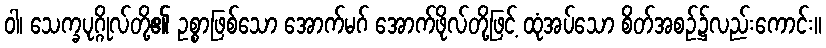
ဝါ၊ သေက္ခပုဂ္ဂိုလ်တို့၏ ဥစ္စာဖြစ်သော အောက်မဂ် အောက်ဖိုလ်တို့ဖြင့် ထုံအပ်သော စိတ်အစဉ်၌လည်းကောင်း။